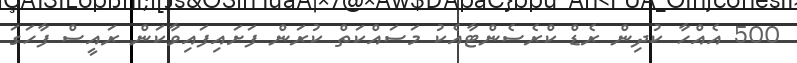
500 އެއްހާ ކުދިން ރެޑް ކްރެސެންޓާއެކު މަސައްކަތް ކުރަން ފަށައިފައިވާކަން ރައީސް ފާހަގަ